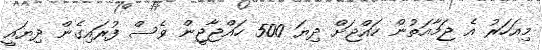
މިއަހަރު އެ ޖަމާއަތުން ހައްޖަށް ދިޔަ 500 ހައްޖާޖީން ވެސް ފުރައިގެން ދިޔައީ